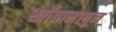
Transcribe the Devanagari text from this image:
खांबामागुन